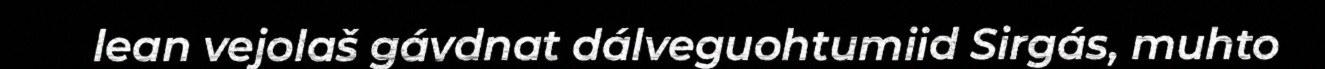
lean vejolaš gávdnat dálveguohtumiid Sirgás, muhto